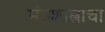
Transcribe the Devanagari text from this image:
मंत्रशास्त्राचा